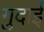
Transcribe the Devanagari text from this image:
गुदाई